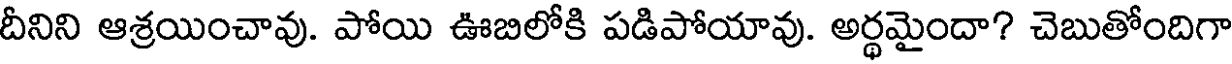
దీనిని ఆశ్రయించావు. పోయి ఊబిలోకి పడిపోయావు. అర్థమైందా? చెబుతోందిగా